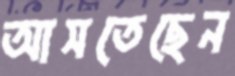
আসতেছেন